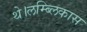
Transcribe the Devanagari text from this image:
थे।लम्ब्लिकास